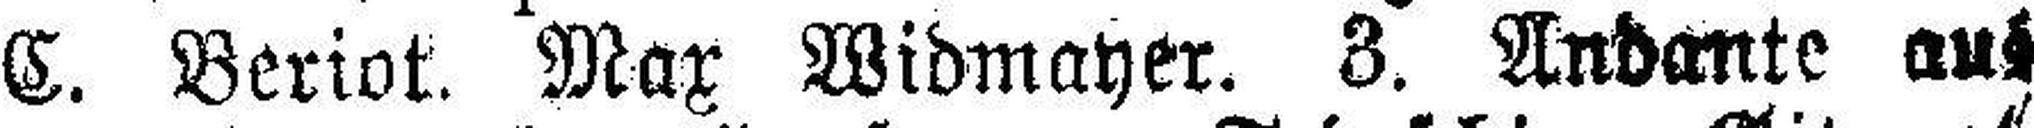
C. Beriot. Max Widmayer. 3. Andante aus